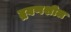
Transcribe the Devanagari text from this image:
द्रवणशील